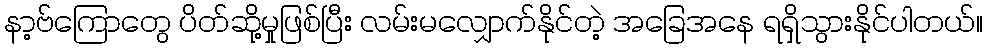
နာ့ဗ်ကြောတွေ ပိတ်ဆို့မှုဖြစ်ပြီး လမ်းမလျှောက်နိုင်တဲ့ အခြေအနေ ရရှိသွားနိုင်ပါတယ်။